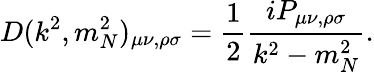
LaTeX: D(k^{2},m_{N}^{2})_{\mu\nu,\rho\sigma}=\frac{1}{2}\frac{iP_{\mu\nu,\rho\sigma}}{k^{2}-m_{N}^{2}}.